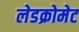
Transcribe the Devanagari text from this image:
लेडक्रोमेट